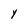
Character: Y